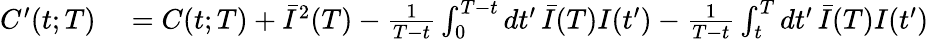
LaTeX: \begin{array}{rl}{C^{\prime}(t;T)}&{{}=C(t;T)+\bar{I}^{2}(T)-\frac{1}{T-t}\int_{0}^{T-t}dt^{\prime}\, \bar{I}(T)I(t^{\prime})-\frac{1}{T-t}\int_{t}^{T}dt^{\prime}\, \bar{I}(T)I(t^{\prime})}\end{array}